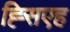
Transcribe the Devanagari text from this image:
ह्सिएह